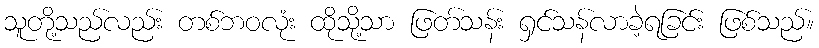
သူတို့သည်လည်း တစ်ဘဝလုံး ထိုသို့သာ ဖြတ်သန်း ရှင်သန်လာခဲ့ရခြင်း ဖြစ်သည်။